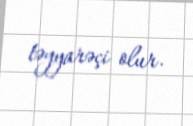
təyyarəçi olur.